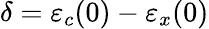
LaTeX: \delta=\varepsilon_{c}(0)-\varepsilon_{x}(0)